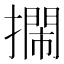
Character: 𢷃